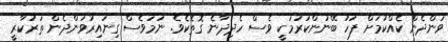
ވަންދެން ކެއްކުމަށް ފަހު ބޭނުންކުރުމަކީ ވެސް ހެދިދާނެ ގޮތެކެވެ. ނަމަވެސް ގިނައިރުވަންދެން ތަރުކާރީ